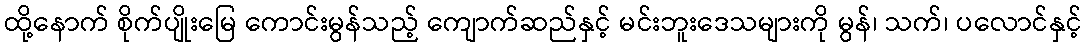
ထို့နောက် စိုက်ပျိုးမြေ ကောင်းမွန်သည့် ကျောက်ဆည်နှင့် မင်းဘူးဒေသများကို မွန်၊ သက်၊ ပလောင်နှင့်